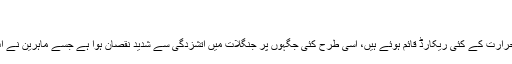
…
ٹوکیو: ناروے سے جاپان اور آرکٹک سے لندن تک بلند درجہ حرارت کے کئی ریکارڈ قائم ہوئے ہیں، اسی طرح کئی جگہوں پر جنگلات میں آتشزدگی سے شدید نقصان ہوا ہے جسے ماہرین نے آب و ہوا میں تبدیلی یا کلائمیٹ چینج کی شدید شکل قرار دیا ہے۔